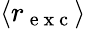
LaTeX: \left\langle r_{\mathrm{~e~x~c~}}\right\rangle